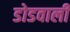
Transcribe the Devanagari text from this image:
डोडवाली